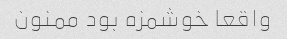
واقعا خوشمزه بود ممنون